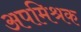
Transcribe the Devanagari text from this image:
अपमिश्रक